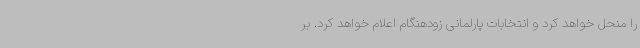
را منحل خواهد کرد و انتخابات پارلمانی زودهنگام اعلام خواهد کرد. بر